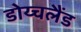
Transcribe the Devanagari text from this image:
डोय्चलैंड